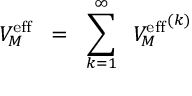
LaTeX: V _ { M } ^ { \mathrm { e f f } } \; \; = \; \; \sum _ { k = 1 } ^ { \infty } \; \; { V _ { M } ^ { \mathrm { e f f } } } ^ { ( k ) }